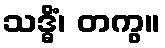
သဒ္ဓိံ၊ တကွ။